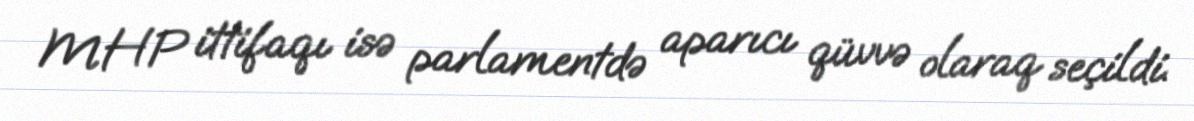
MHP ittifaqı isə parlamentdə aparıcı qüvvə olaraq seçildi.